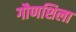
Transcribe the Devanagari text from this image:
गौणशिला